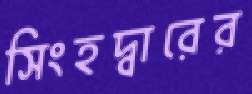
সিংহদ্বারের